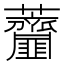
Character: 𧆌